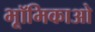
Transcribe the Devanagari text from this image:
भूॉमिकाओ